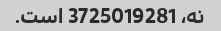
نه، 3725019281 است.